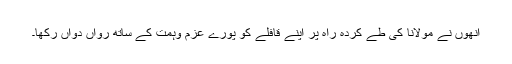
انھوں نے مولانا کی طے کردہ راہ پر اپنے قافلے کو پورے عزم وہمت کے ساتھ رواں دواں رکھا۔